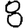
Digit: 8